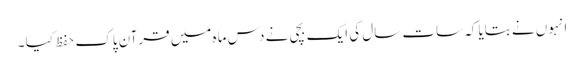
انہوں نے بتایا کہ سات سال کی ایک بچی نے دس ماہ میں قرآن پاک حفظ کیا ۔